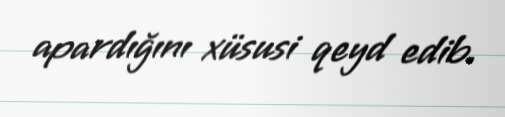
apardığını xüsusi qeyd edib.